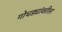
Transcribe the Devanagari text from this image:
गोधड्यांवरील